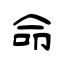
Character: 命